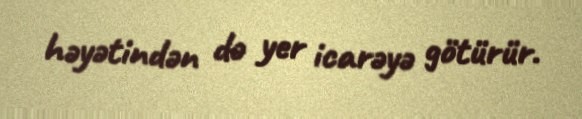
həyətindən də yer icarəyə götürür.